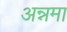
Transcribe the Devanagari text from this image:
अन्नमा